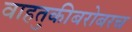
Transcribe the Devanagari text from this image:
वाहतुकीबरोबरच